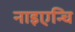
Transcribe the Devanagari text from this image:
नाइएन्चि